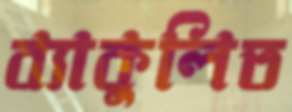
ব্যাকুলিত